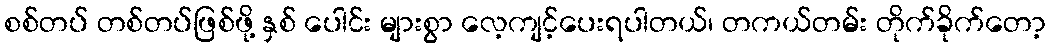
စစ်တပ် တစ်တပ်ဖြစ်ဖို့ နှစ် ပေါင်း များစွာ လေ့ကျင့်ပေးရပါတယ်၊ တကယ်တမ်း တိုက်ခိုက်တော့